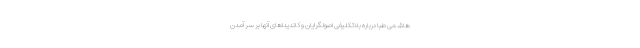
هاشمی طبا درباره بلاتکلیفی اصولگرایان و کاندیداهای آنها بر سر آمدن